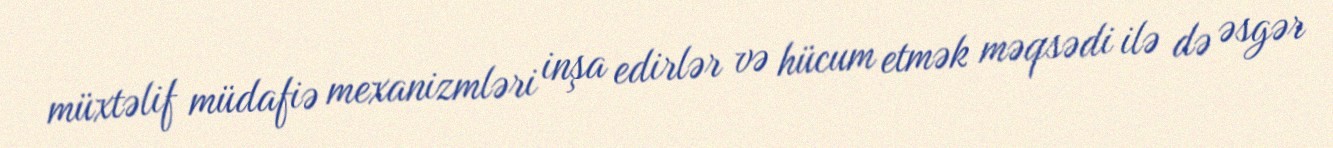
müxtəlif müdafiə mexanizmləri inşa edirlər və hücum etmək məqsədi ilə də əsgər